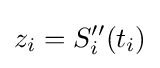
z_{i}=S_{i}''(t_{i})